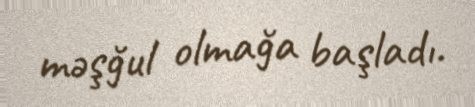
məşğul olmağa başladı.